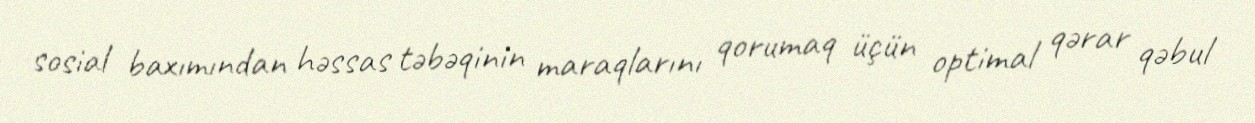
sosial baxımından həssas təbəqinin maraqlarını qorumaq üçün optimal qərar qəbul